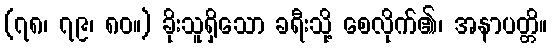
(၇၈၊ ၇၉၊ ၈၀။) ခိုးသူရှိသော ခရီးသို့ စေလိုက်၏၊ အနာပတ္တိ။